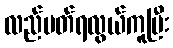
လည်ပတ်ရလွယ်ကူပြီး